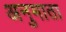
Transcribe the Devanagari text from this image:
अनुमाता